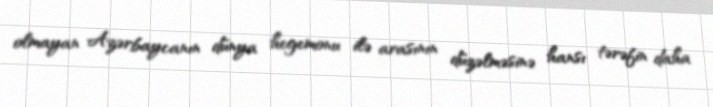
olmayan Azərbaycanın dünya hegemonu ilə arasının düzəlməsinə hansı tərəfin daha